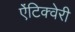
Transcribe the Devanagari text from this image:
ऐंटिक्वेरी